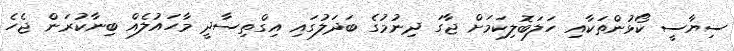
ސިޔާސީ ކޯޅުންތަކާއި ހަލަބޮލިކަމަށް ޖާގަ ދިނުމުގެ ބަދަލުގައި އިގްތިސާދީ މާހައުލެއް ބިނާކުރަން ޖެހެ